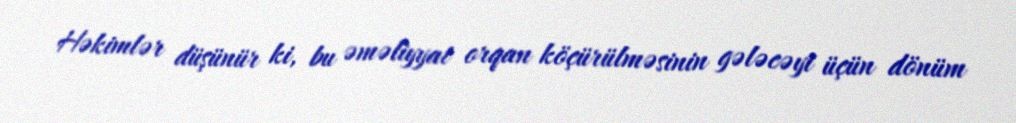
Həkimlər düşünür ki, bu əməliyyat orqan köçürülməsinin gələcəyi üçün dönüm